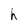
Character: h